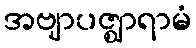
အဗျာပဇ္ဈာရာမံ